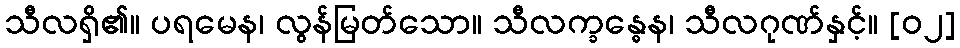
သီလရှိ၏။ ပရမေန၊ လွန်မြတ်သော။ သီလက္ခန္ဓေန၊ သီလဂုဏ်နှင့်။ [၀၂]